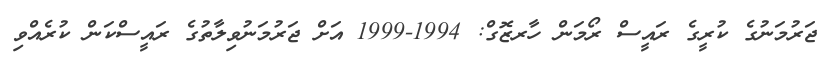
ޖަރުމަނުގެ ކުރީގެ ރައީސް ރޯމަން ހާރޒޮގް: 1994-1999 އަށް ޖަރުމަނުވިލާތުގެ ރައީސްކަން ކުރެއްވި